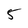
Character: 5